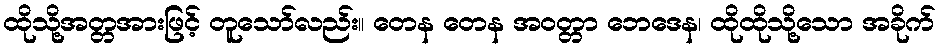
ထိုသို့အတ္တအားဖြင့် တူသော်လည်း။ တေန တေန အဝတ္တာ ဘေဒေန၊ ထိုထိုသို့သော အခိုက်